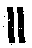
။